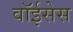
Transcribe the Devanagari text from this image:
वॉईसेस